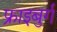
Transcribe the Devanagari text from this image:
फ्राइबुर्ग